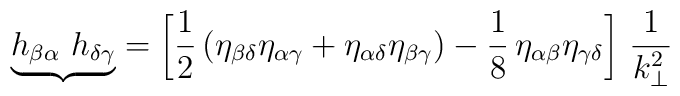
{\underbrace{h_{\beta\alpha}~h_{\delta\gamma}}}= \left[\frac{1}{2}\left(\eta_{\beta\delta}\eta_{\alpha\gamma} + \eta_{\alpha\delta}\eta_{\beta\gamma}\right) - \frac{1}{8}\,\eta_{\alpha\beta}\eta_{\gamma\delta}\right]\,\frac{1}{k_\bot^2}